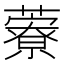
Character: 藔